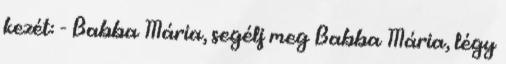
kezét: - Babba Mária, segélj meg Babba Mária, légy